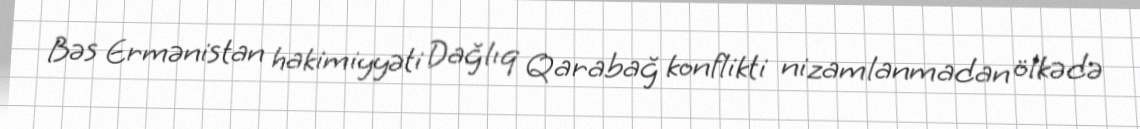
Bəs Ermənistan hakimiyyəti Dağlıq Qarabağ konflikti nizamlanmadan ölkədə